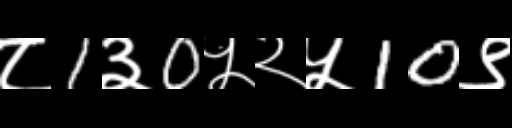
Text: ८1३0५२५10९